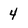
Character: 4